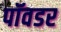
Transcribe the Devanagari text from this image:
पॉवडर